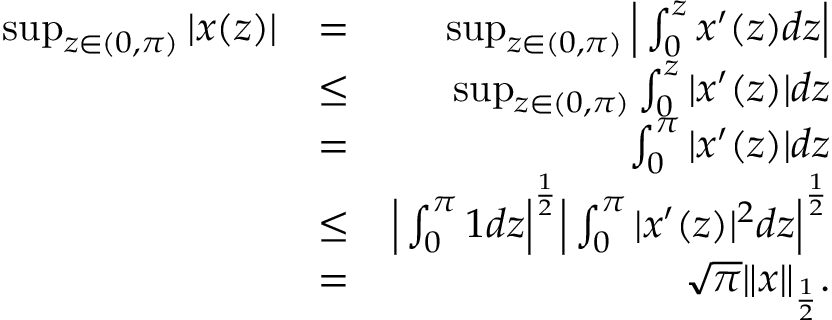
\begin{array} { r l r } { \operatorname* { s u p } _ { z \in ( 0 , \pi ) } | x ( z ) | } & { = } & { \operatorname* { s u p } _ { z \in ( 0 , \pi ) } \Big | \int _ { 0 } ^ { z } x ^ { \prime } ( z ) d z \Big | } \\ & { \leq } & { \operatorname* { s u p } _ { z \in ( 0 , \pi ) } \int _ { 0 } ^ { z } | x ^ { \prime } ( z ) | d z } \\ & { = } & { \int _ { 0 } ^ { \pi } | x ^ { \prime } ( z ) | d z } \\ & { \leq } & { \Big | \int _ { 0 } ^ { \pi } 1 d z \Big | ^ { \frac { 1 } { 2 } } \Big | \int _ { 0 } ^ { \pi } | x ^ { \prime } ( z ) | ^ { 2 } d z \Big | ^ { \frac { 1 } { 2 } } } \\ & { = } & { \sqrt { \pi } \| x \| _ { \frac { 1 } { 2 } } . } \end{array}